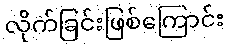
လိုက်ခြင်းဖြစ်ကြောင်း